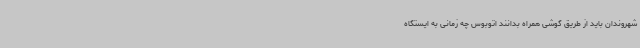
شهروندان باید از طریق گوشی همراه بدانند اتوبوس چه زمانی به ایستگاه